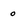
Character: 0